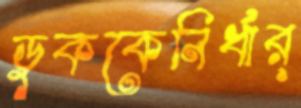
ডুককেনির্ধার্